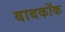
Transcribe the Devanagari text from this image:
बाबकॉक